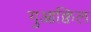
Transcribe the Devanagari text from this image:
गुआक्विल